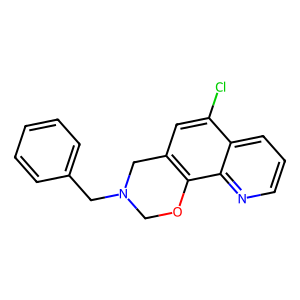
SMILES: Clc1cc2c(c3ncccc13)OCN(Cc1ccccc1)C2
Inhibits HIV replication: No